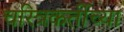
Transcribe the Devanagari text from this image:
चरित्रकर्तीच्या